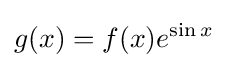
g(x)=f(x)e^{\sin x}